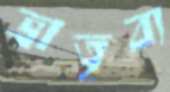
ভ্রাতৃব্য